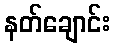
နတ်ချောင်း